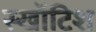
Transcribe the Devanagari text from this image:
स्खॉटिश